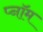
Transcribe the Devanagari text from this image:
प्नॉम